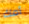
أمك